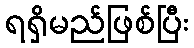
ရရှိမည်ဖြစ်ပြီး